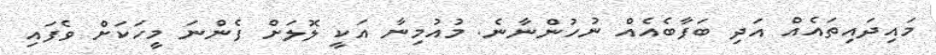
މައިދައިތައެއް އަދި ބަފާބެއެއް ނުހުންނާނެ. މުއުމިނާ އަކީ ލޮލަށް ފެންނަ މީހަކަށް ވެފައި